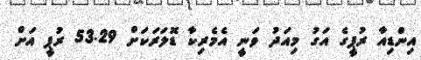
އިންޑިއާ ރުޕީގެ އަގު މިއަދު ވަނީ އެމެރިކާ ޑޮލަރަކަށް 53.29 ރުޕީ އަށް